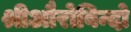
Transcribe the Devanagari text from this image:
श्रीऔरोबिन्दो